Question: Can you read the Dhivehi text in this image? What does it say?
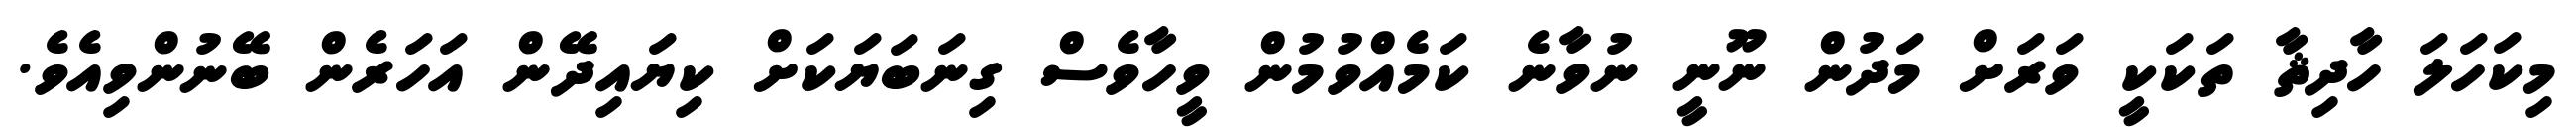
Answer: މިކަހަލަ ހާދިޘާ ތަކަކީ ވަރަށް މަދުން ނޫނީ ނުވާނެ ކަމެއްވުމުން ވީހާވެސް ގިނަބަޔަކަށް ކިޔައިދޭން އަހަރެން ބޭނުންވިއެވެ.